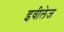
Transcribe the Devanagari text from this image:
इवीलेज